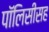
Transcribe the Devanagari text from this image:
पॉलिसीसह